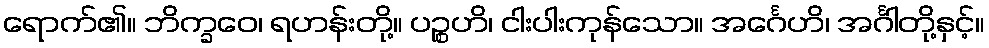
ရောက်၏။ ဘိက္ခဝေ၊ ရဟန်းတို့။ ပဉ္စဟိ၊ ငါးပါးကုန်သော။ အင်္ဂေဟိ၊ အင်္ဂါတို့နှင့်။